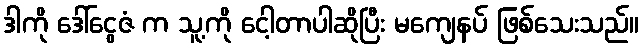
ဒါကို ဒေါ်ငွေဇံ က သူ့ကို ငေါ့တာပါဆိုပြီး မကျေနပ် ဖြစ်သေးသည်။